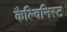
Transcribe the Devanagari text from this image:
कैल्विनिस्ट